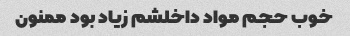
خوب حجم مواد داخلشم زیاد بود ممنون